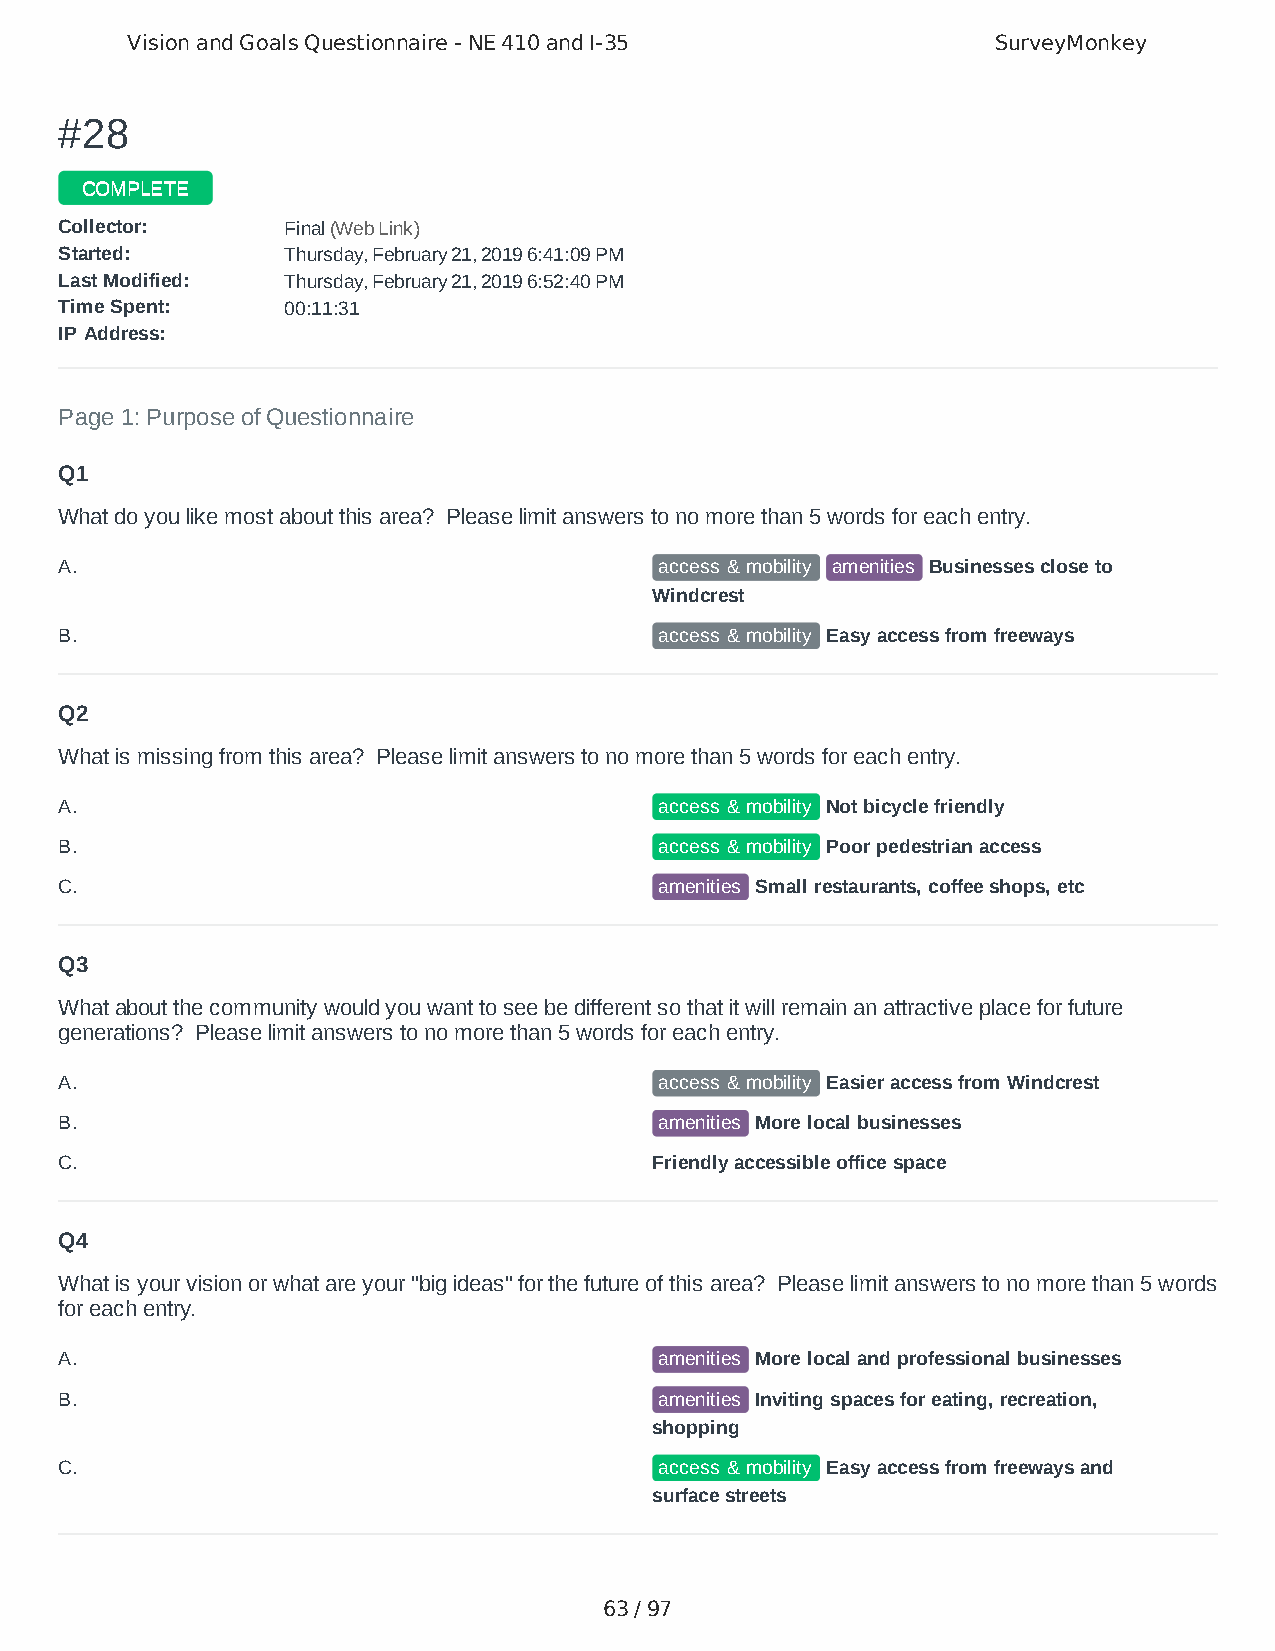
Vision and Goals Questionnaire - NE 410 and I-35          SurveyMonkey
 ##2288
 CCOOMMPPLLEETTEE
 CCoolllleeccttoorr:: FFiinnaall ((WWeebb LLiinnkk))
 SSttaarrtteedd:: TThhuurrssddaayy,, FFeebbrruuaarryy 2211,, 22001199 66::4411::0099 PPMM
 LLaasstt MMooddiiffiieedd:: TThhuurrssddaayy,, FFeebbrruuaarryy 2211,, 22001199 66::5522::4400 PPMM
 TTiimmee SSppeenntt:: 0000::1111::3311
 IIPP AAddddrreessss::
 Page 1: Purpose of Questionnaire
 Q1
 What do you like most about this area? Please limit answers to no more than 5 words for each entry.
 A.                                      access & mobility amenities Businesses close to
 Windcrest
 B.                                      access & mobility Easy access from freeways
 Q2
 What is missing from this area? Please limit answers to no more than 5 words for each entry.
 A.                                      access & mobility Not bicycle friendly
 B.                                      access & mobility Poor pedestrian access
 C.                                      amenities Small restaurants, coffee shops, etc
 Q3
 What about the community would you want to see be different so that it will remain an attractive place for future
 generations? Please limit answers to no more than 5 words for each entry.
 A.                                      access & mobility Easier access from Windcrest
 B.                                      amenities More local businesses
 C.                                     Friendly accessible office space
 Q4
 What is your vision or what are your "big ideas" for the future of this area? Please limit answers to no more than 5 words
 for each entry.
 A.                                      amenities More local and professional businesses
 B.                                      amenities Inviting spaces for eating, recreation,
 shopping
 C.                                      access & mobility Easy access from freeways and
 surface streets
 63 / 97